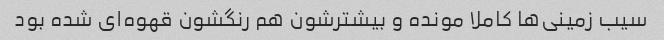
سیب زمینی‌ها کاملا مونده و بیشترشون هم رنگشون قهوه‌ای شده بود